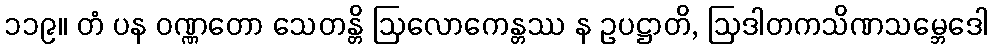
၁၁၉။ တံ ပန ဝဏ္ဏတော သေတန္တိ ဩလောကေန္တဿ န ဥပဋ္ဌာတိ, ဩဒါတကသိဏသမ္ဘေဒေါ